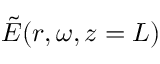
\tilde { E } ( r , \omega , z = L )